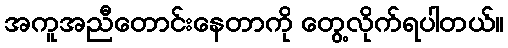
အကူအညီတောင်းနေတာကို တွေ့လိုက်ရပါတယ်။